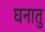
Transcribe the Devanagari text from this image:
घनातु